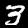
Digit: 3